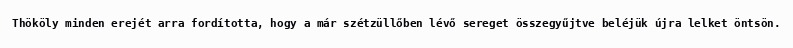
Thököly minden erejét arra fordította, hogy a már szétzüllőben lévő sereget összegyűjtve beléjük újra lelket öntsön.